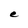
Character: C